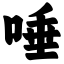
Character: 唾